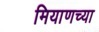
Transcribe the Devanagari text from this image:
मियाणच्या